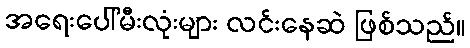
အရေးပေါ်မီးလုံးများ လင်းနေဆဲ ဖြစ်သည်။